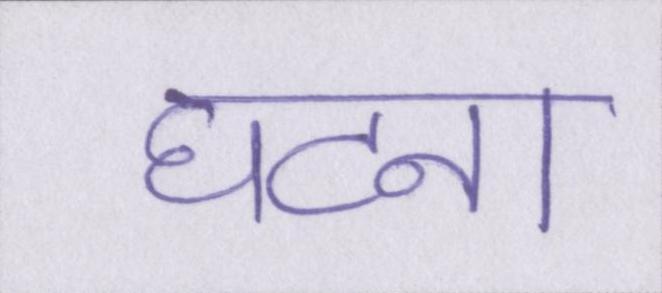
घटना